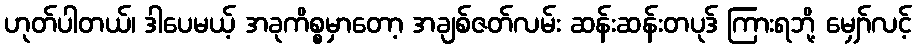
ဟုတ်ပါတယ်၊ ဒါပေမယ့် အခုကိစ္စမှာတော့ အချစ်ဇတ်လမ်း ဆန်းဆန်းတပုဒ် ကြားရဘို့ မျှော်လင့်